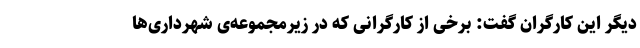
دیگر این کارگران گفت: برخی از کارگرانی که در زیرمجموعه‌ی شهرداری‌ها